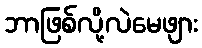
ဘာဖြစ်လို့လဲမေဖျား